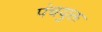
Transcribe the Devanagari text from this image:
पंचयुक्त